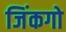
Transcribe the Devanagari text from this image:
जिंकगो